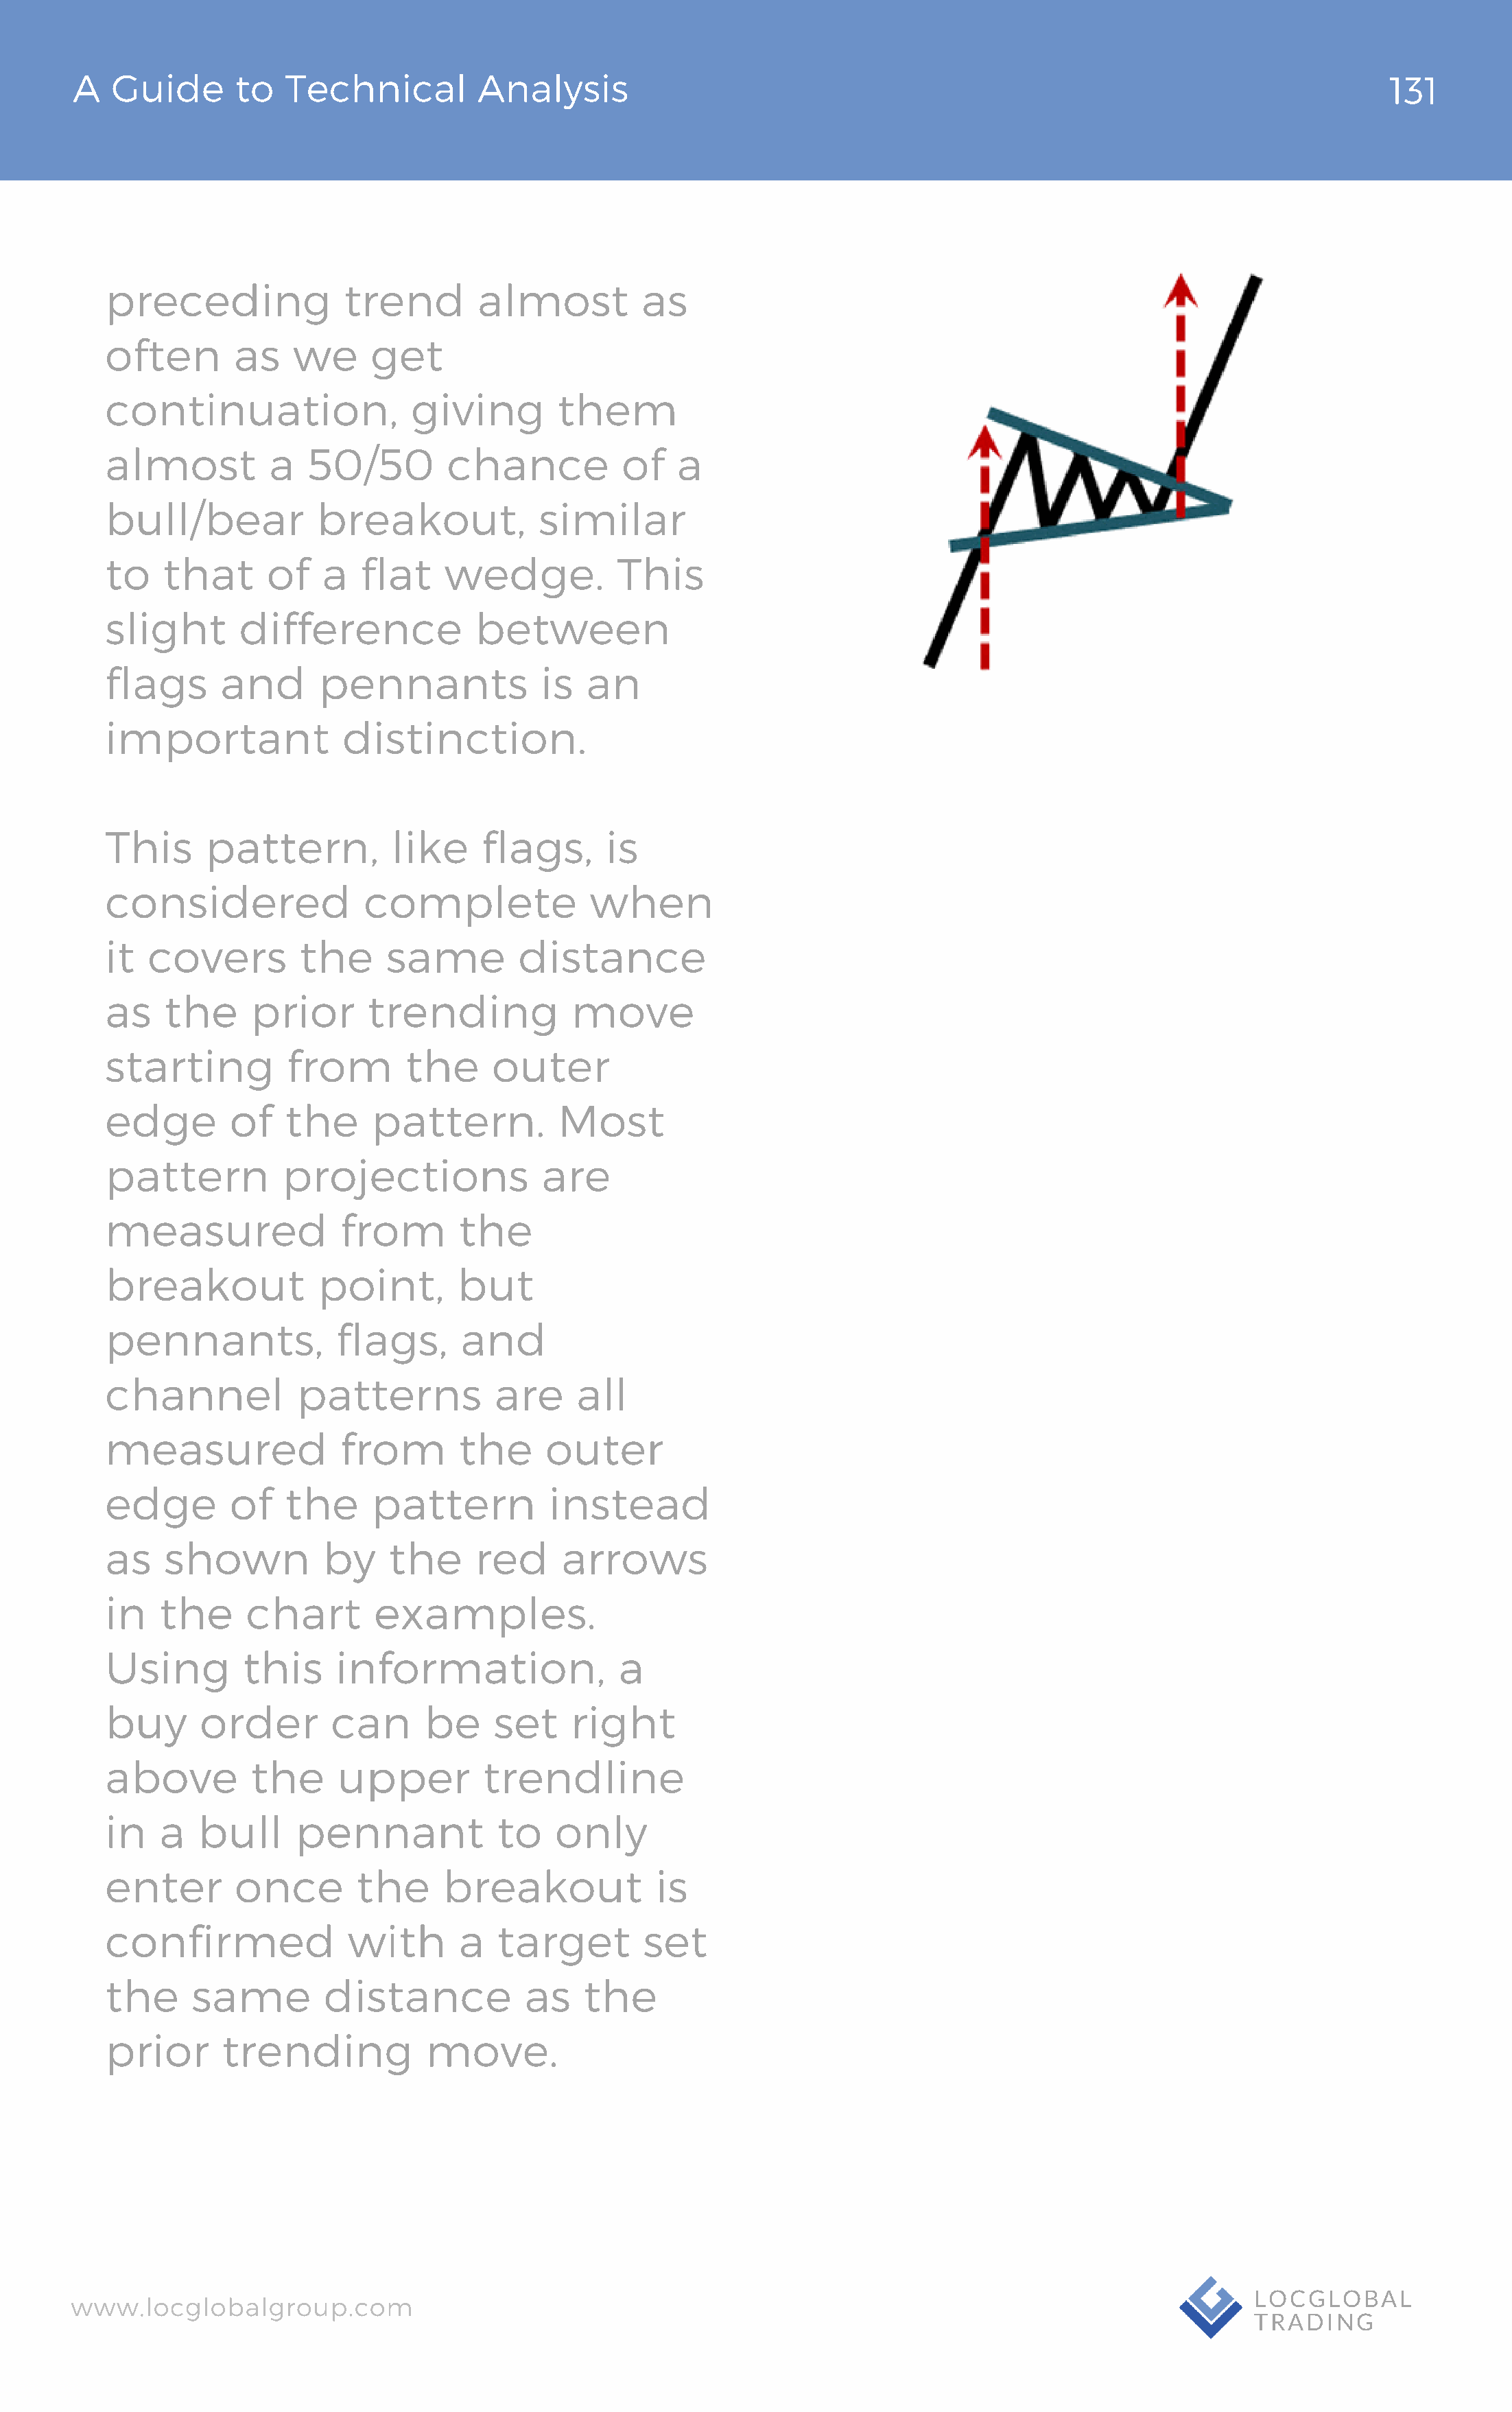
A   Guide       to  Technical          Analysis                                                                                131
 preceding              trend        almost          as
 often        as   we      get
 continuation,                 giving        them
 almost          a   50/50        chance           of   a
 bull/bear            breakout,            similar
 to    that      of   a   flat    wedge.           This
 slight       difference             between
 flags      and       pennants             is   an
 important              distinction.
 This      pattern,          like    flags,      is
 considered               complete              when
 it  covers         the     same         distance
 as    the     prior      trending            move
 starting          from       the     outer
 edge        of   the      pattern.          Most
 pattern          projections              are
 measured               from       the
 breakout             point,       but
 pennants,             flags,      and
 channel            patterns           are     all
 measured               from       the      outer
 edge        of   the      pattern          instead
 as    shown          by    the      red     arrows
 in   the      chart       examples.
 Using        this     information,                a
 buy      order        can      be     set    right
 a  bove       the      upper         trendline
 in   a   bull      pennant            to    only
 enter        once       the      breakout            is
 confirmed               with      a   target        set
 the     same         distance            as   the
 prior      trending            move.
 www.locglobalgroup.com                                                                                            LOCGLOBAL
 TRADING